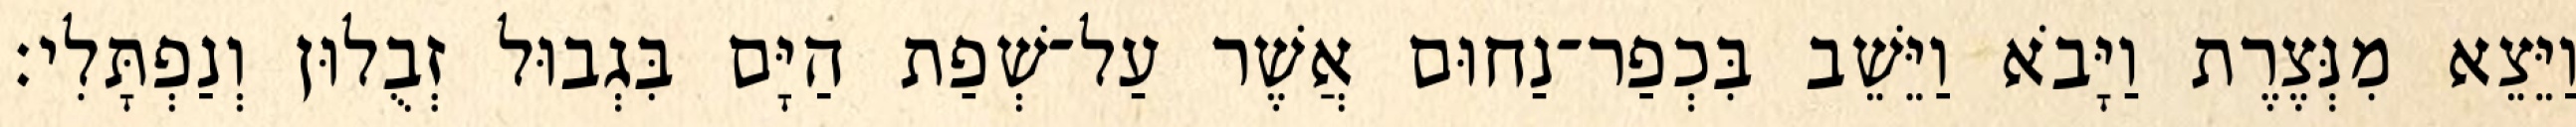
וַיֵּצֵא מִנְּצֶרֶת וַיָּבֹא וַיֵּשֵׁב בִּכְפַר־נַחוּם אֲשֶׁר עַל־שְׁפַת הַיָּם בִּגְבוּל זְבֻלוּן וְנַפְתָּלִי׃